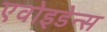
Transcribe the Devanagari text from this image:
एवोइडेन्स